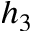
h _ { 3 }